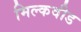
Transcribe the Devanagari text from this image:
मिल्कवीड